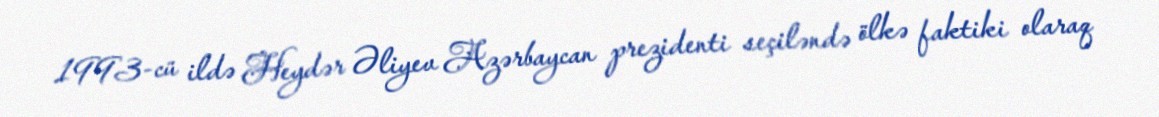
1993-cü ildə Heydər Əliyev Azərbaycan prezidenti seçiləndə ölkə faktiki olaraq